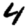
Digit: 4